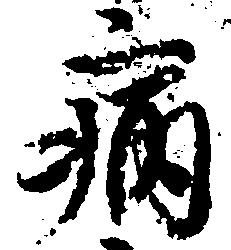
病